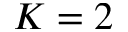
K = 2